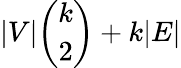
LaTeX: |V|\binom{k}{2}+k|E|